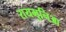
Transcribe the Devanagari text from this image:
रायमुनिआ